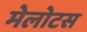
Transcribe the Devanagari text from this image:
मेलोटस